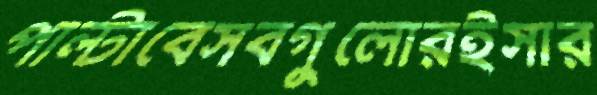
পাল্টাবেসবগুলোরইসার